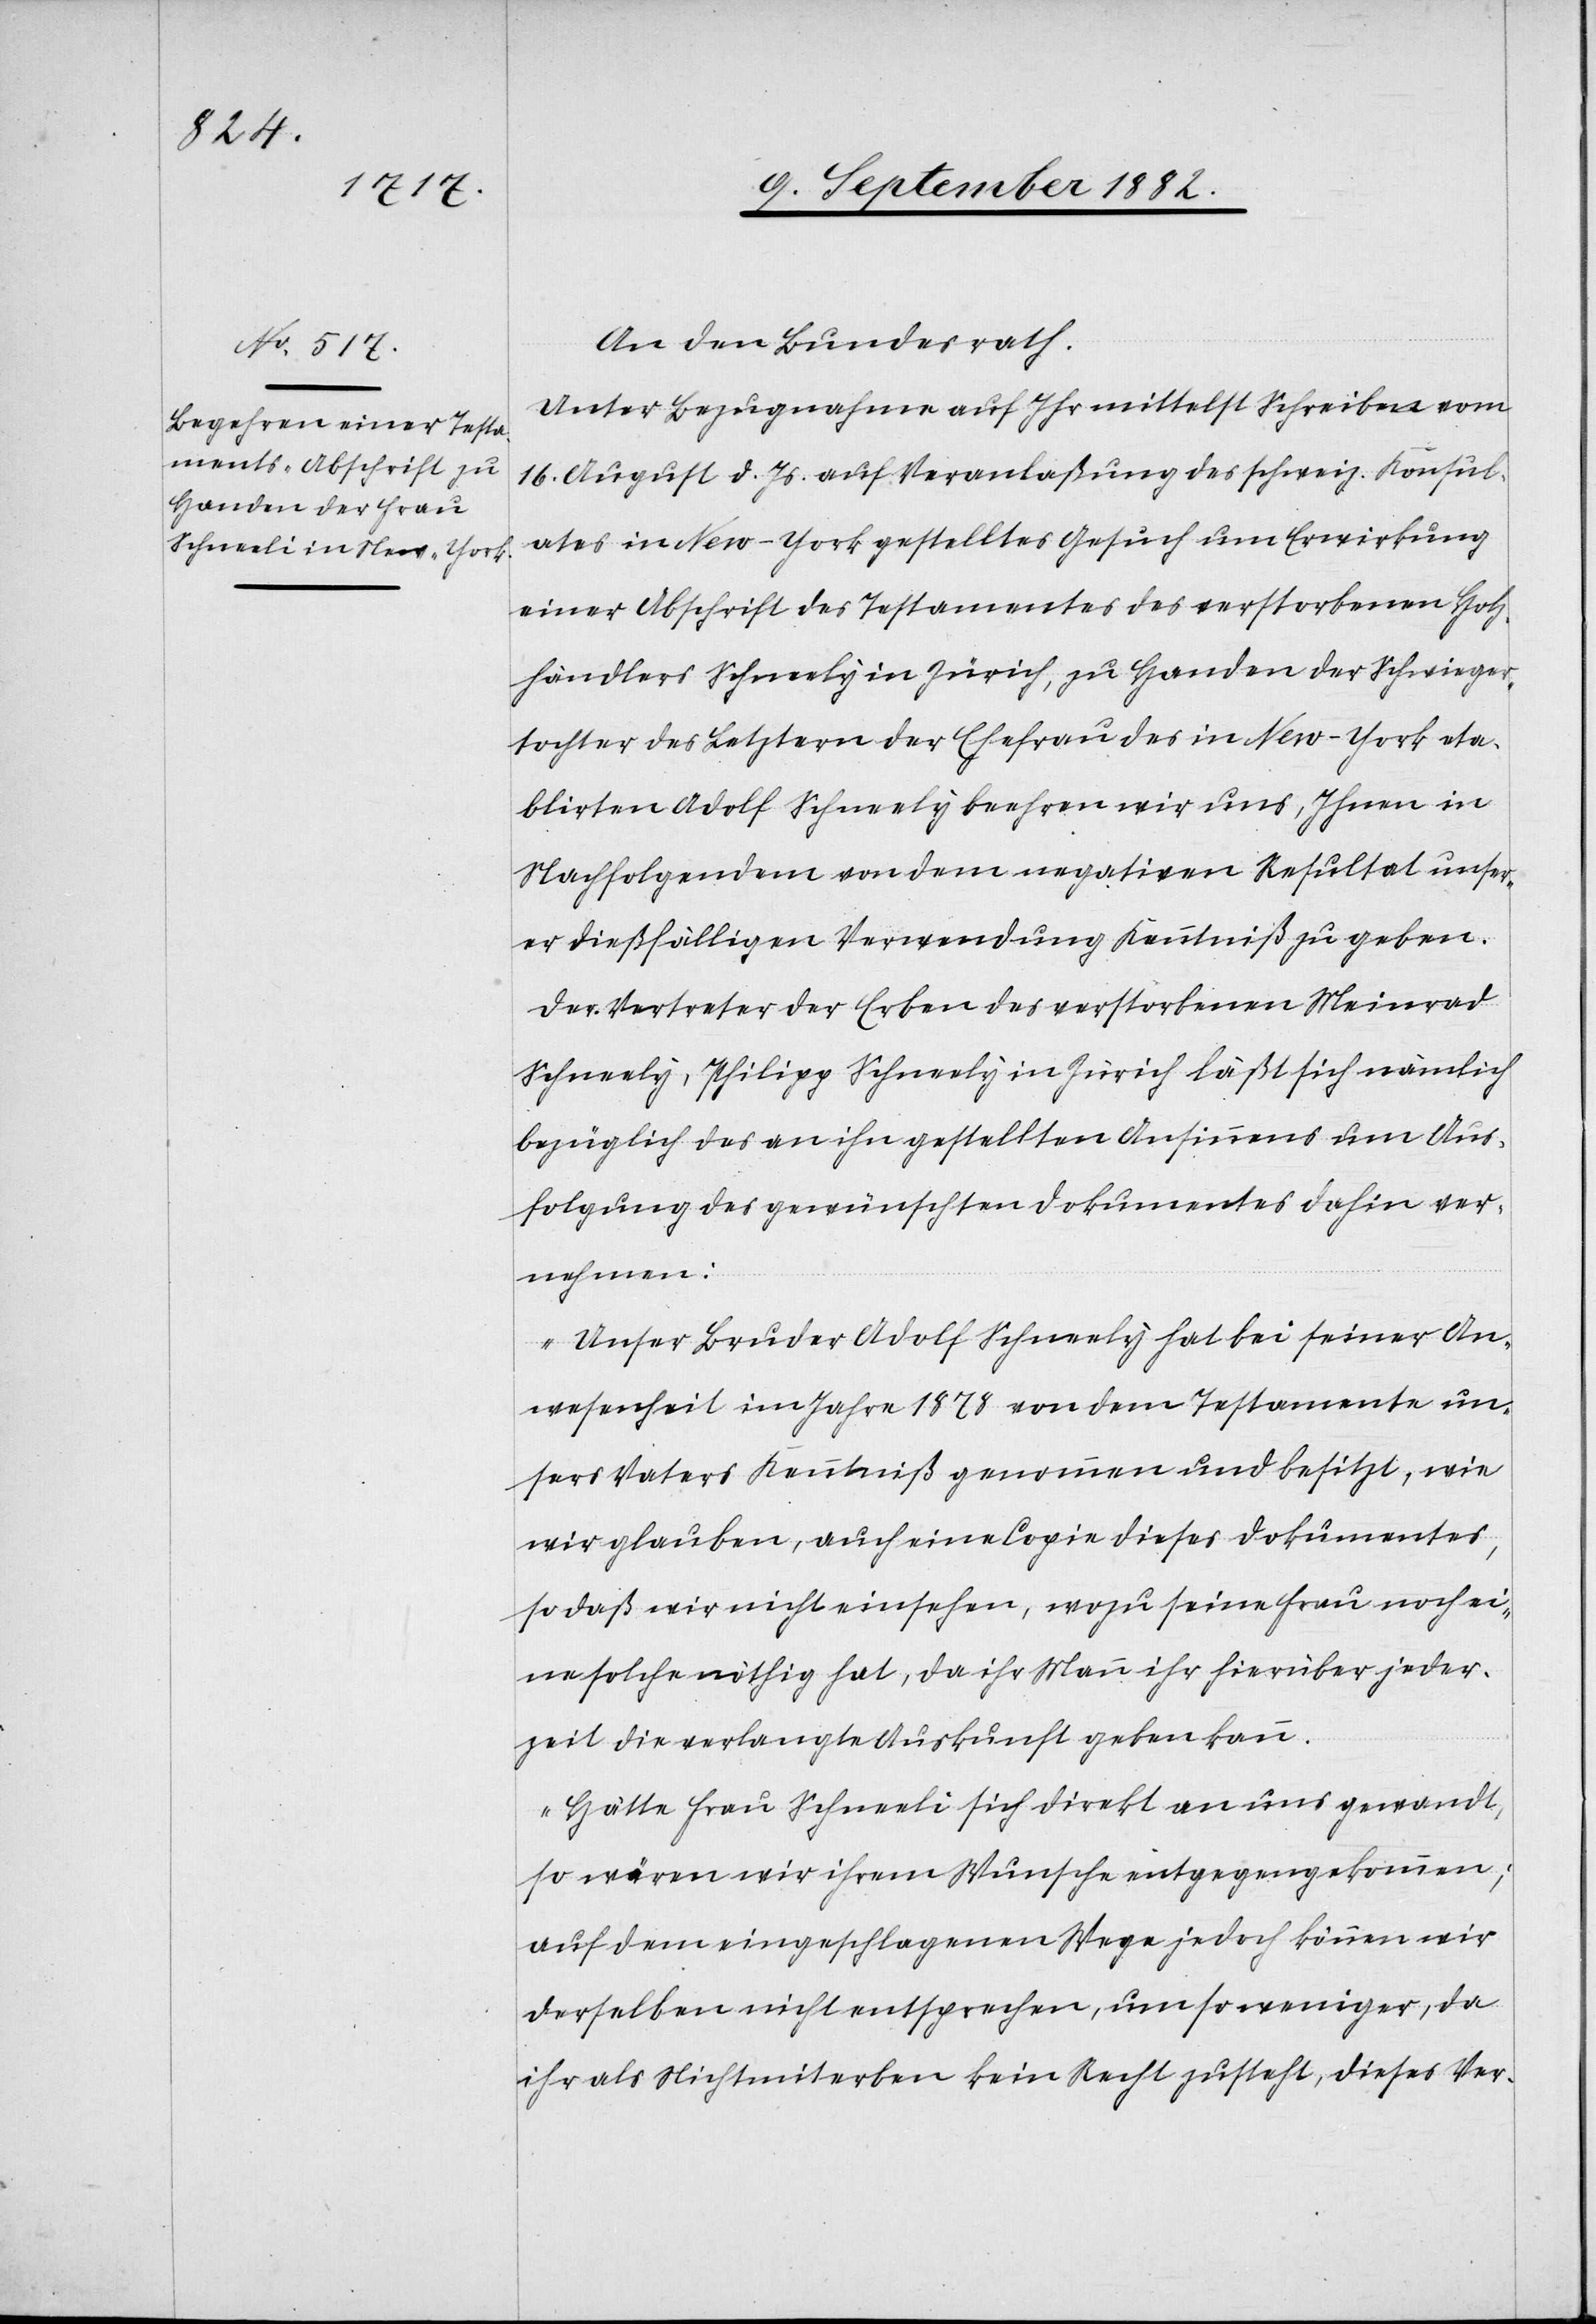
An den Bundesrath:
Unter Bezugnahme auf Ihr mittelst Schreiben vom
16. August d. Js. auf Veranlaßung des schweiz. Konsul¬
ates in New-York gestelltes Gesuch um Erwirkung
einer Abschrift des Testamentes des verstorbenen Holz¬
händlers Schneely [sic!] in Zürich, zu Handen der Schwieger¬
tochter des Letztern, der Ehefrau des in New-York eta¬
blirten Adolf Schneely beehren wir uns, Ihnen in
Nachfolgendem von dem negativen Resultat unser¬
er dießfälligen Verwendung Kenntniß zu geben.
Der Vertreter der Erben des verstorbenen Meinrad
Schneely, Philipp Schneely in Zürich läßt sich nämlich
bezüglich des an ihn gestellten Ansinnens um Aus¬
folgung des gewünschten Dokumentes dahin ver¬
nehmen:
„Unser Bruder Adolf Schneely hat bei seiner An¬
wesenheit im Jahre 1878 von dem Testamente un¬
sers Vaters Kenntnis genommen und besitzt, wie
wir glauben, auch eine Copie dieses Dokumentes,
so daß wir nicht einsehen, wozu seine Frau noch ei¬
ne solche nöthig hat, da ihr Mann ihr hierüber jeder¬
zeit die verlangte Auskunft geben kann.
Hätte Frau Schneeli sich direkt an uns gewandt,
so wären wir ihrem Wunsche entgegengekommen;
auf dem eingeschlagenen Wege jedoch können wir
derselben nicht entsprechen, um so weniger, da
ihr als Nichtmiterben kein Recht zusteht, dieses Ver-